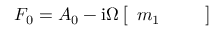
\begin{array} { r } { F _ { 0 } = A _ { 0 } - \mathrm { i } \Omega \left[ \begin{array} { l l l } { m _ { 1 } } & { } & { } \end{array} \right] } \end{array}